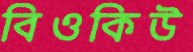
বিওকিউ